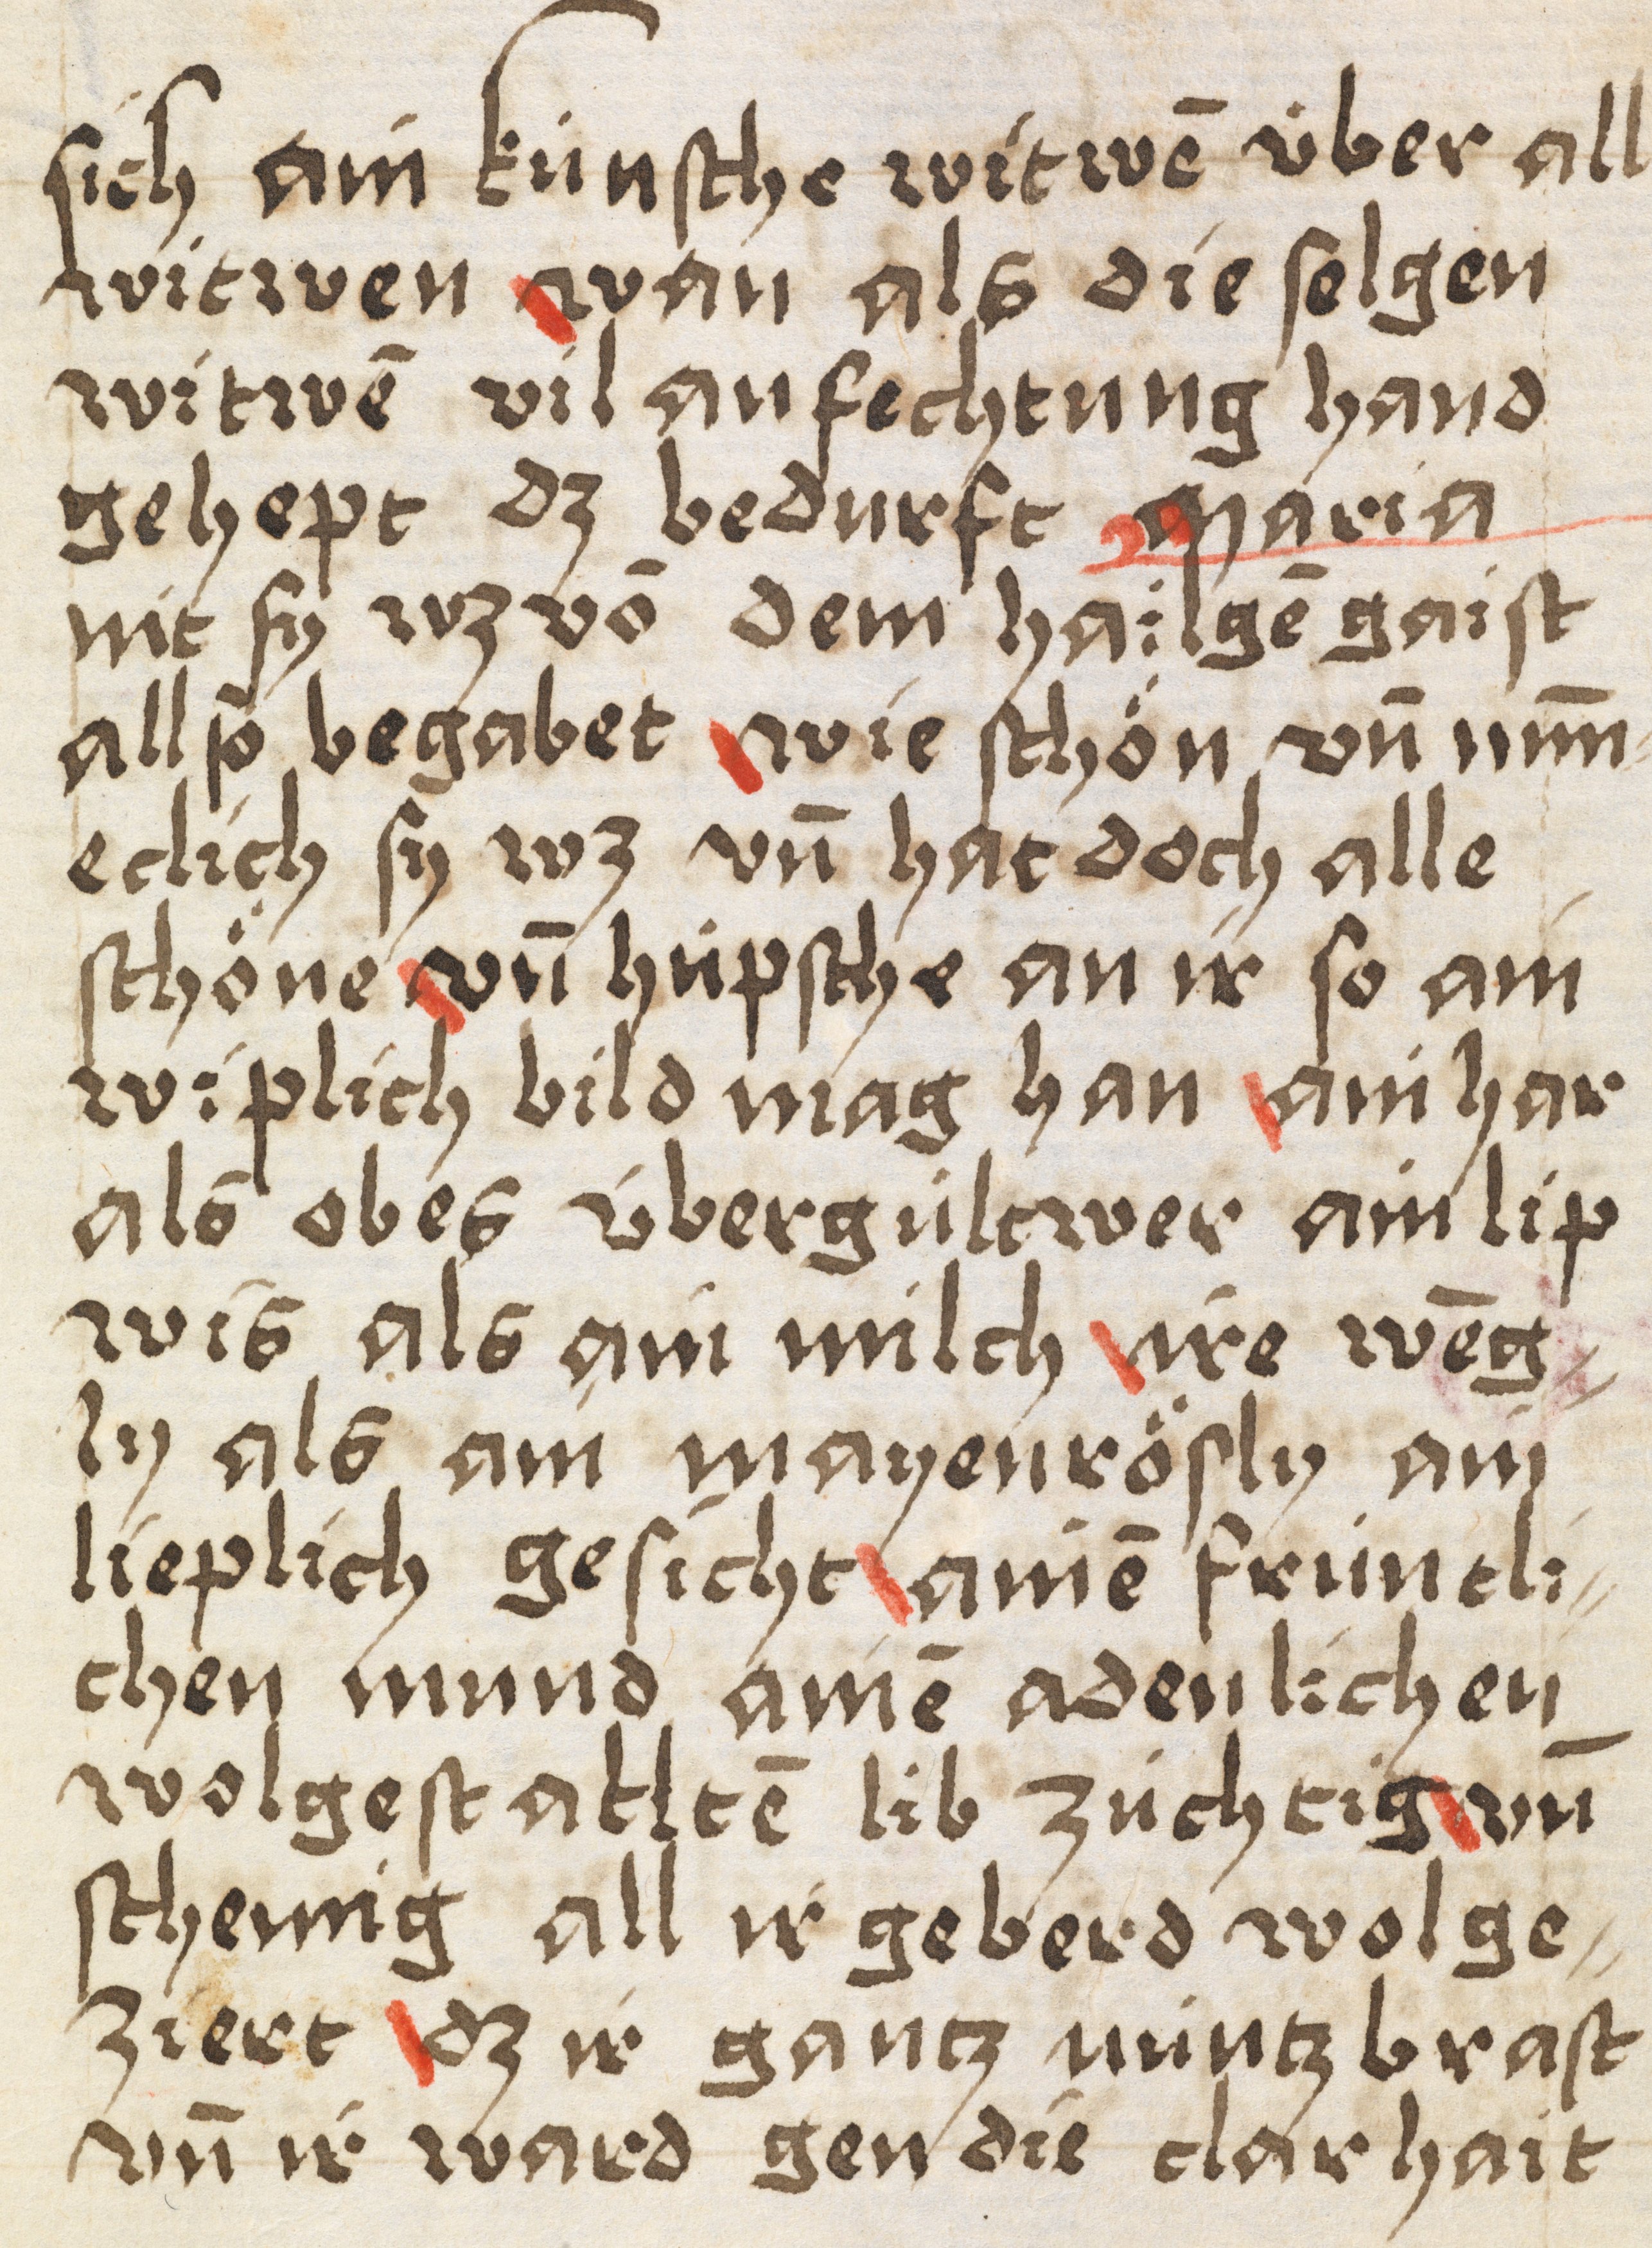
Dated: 1400–1499